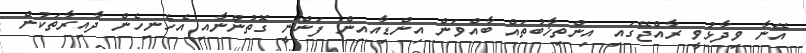
އޭނާ ވިދާޅުވީ ރާއްޖޭގައި އިންތިޚާބުތައް ބާއްވަން އިންޑިއާއިން ފަންނީ ގޮތުންނާއި އެހެނިހެން ދާއިރާތަކުން